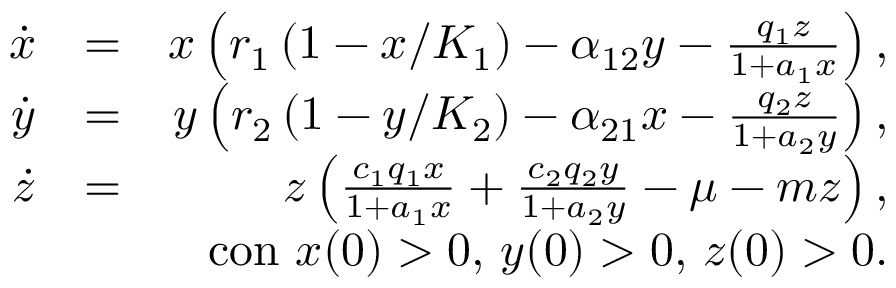
\begin{array} { r l r } { \dot { x } } & { = } & { x \left( r _ { 1 } \left( 1 - x / K _ { 1 } \right) - \alpha _ { 1 2 } y - \frac { q _ { 1 } z } { 1 + a _ { 1 } x } \right) , } \\ { \dot { y } } & { = } & { y \left( r _ { 2 } \left( 1 - y / K _ { 2 } \right) - \alpha _ { 2 1 } x - \frac { q _ { 2 } z } { 1 + a _ { 2 } y } \right) , } \\ { \dot { z } } & { = } & { z \left( \frac { c _ { 1 } q _ { 1 } x } { 1 + a _ { 1 } x } + \frac { c _ { 2 } q _ { 2 } y } { 1 + a _ { 2 } y } - \mu - m z \right) , } \\ & { } & { \mathrm { c o n ~ } x ( 0 ) > 0 \mathrm { , ~ } y ( 0 ) > 0 \mathrm { , ~ } z ( 0 ) > 0 . } \end{array}